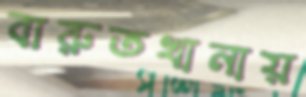
বারুতখানায়